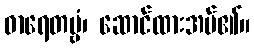
ဓာရေတဗ္ဗံ၊ ဆောင်ထားအပ်၏။